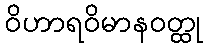
ဝိဟာရဝိမာနဝတ္ထု